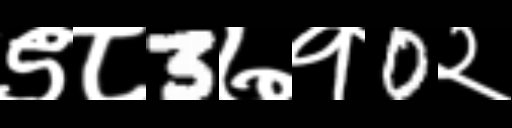
Text: ९८3७१0२